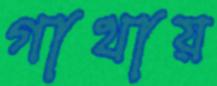
গাথায়